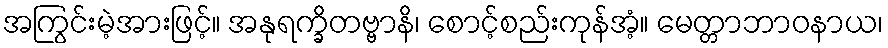
အကြွင်းမဲ့အားဖြင့်။ အနုရက္ခိတဗ္ဗာနိ၊ စောင့်စည်းကုန်အံ့။ မေတ္တာဘာဝနာယ၊